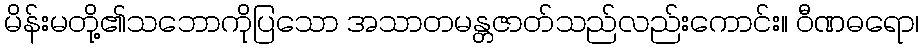
မိန်းမတို့၏သဘောကိုပြသော အသာတမန္တဇာတ်သည်လည်းကောင်း။ ဝီဏဓရော၊